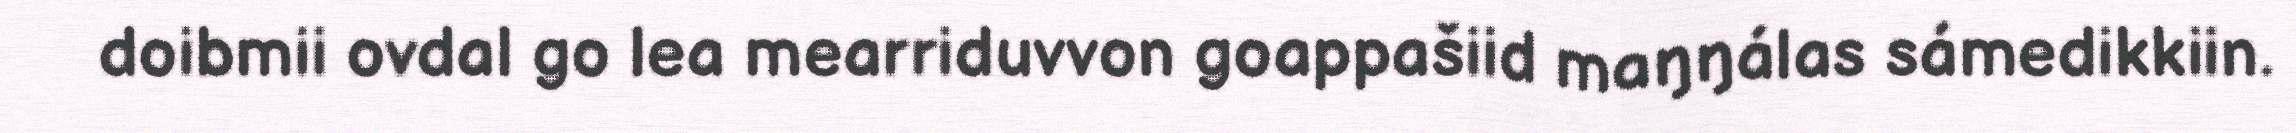
doibmii ovdal go lea mearriduvvon goappašiid maŋŋálas sámedikkiin.